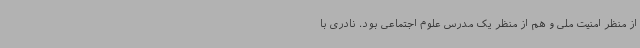
از منظر امنیت ملی و هم از منظر یک مدرس علوم اجتماعی بود. نادری با